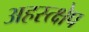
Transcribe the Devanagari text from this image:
अहस्त्क्षेप